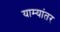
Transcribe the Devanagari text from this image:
याम्यांतर